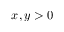
x , y > 0